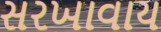
સરખાવાય